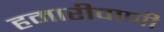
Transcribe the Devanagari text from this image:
हमारीवाणी